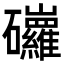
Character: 𥗿